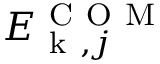
E _ { \mathrm { ~ k ~ } , j } ^ { \mathrm { ~ C ~ O ~ M ~ } }